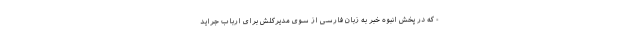
- که در پخش انبوه خبر به زبان فارسی از سوی مدیرکلش برای ارباب جراید